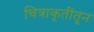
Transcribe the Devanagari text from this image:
चित्राकृतींतून